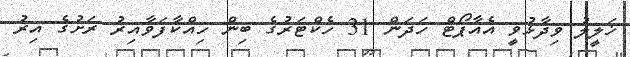
ޚަލީލު ވިދާޅުވީ އެއާޕޯޓް ހަދަން 31 ހެކްޓަރުގެ ބިން ހިއްކާފަވާއިރު ރަށުގެ އިރު